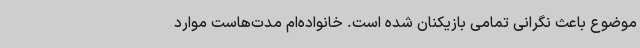
موضوع باعث نگرانی تمامی بازیکنان شده است. خانواده‌ام مدت‌هاست موارد